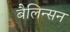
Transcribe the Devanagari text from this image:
बैलिन्सन